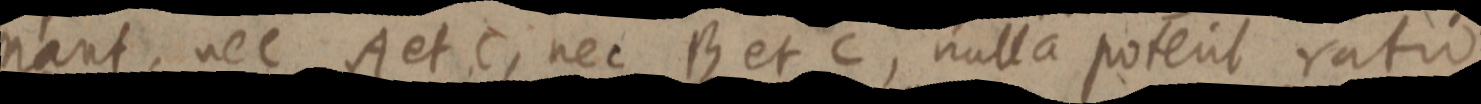
nant, nec A et C, nec B et C, nulla potent ratio